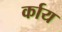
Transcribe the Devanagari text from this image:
र्काय